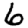
Digit: 6